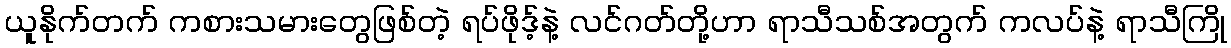
ယူနိုက်တက် ကစားသမားတွေဖြစ်တဲ့ ရပ်ဖိုဒ့်နဲ့ လင်ဂတ်တို့ဟာ ရာသီသစ်အတွက် ကလပ်နဲ့ ရာသီကြို